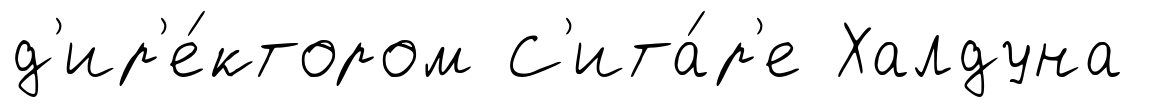
д'ир'е́ктором С'ита́р'е Халдуна